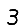
Digit: 3